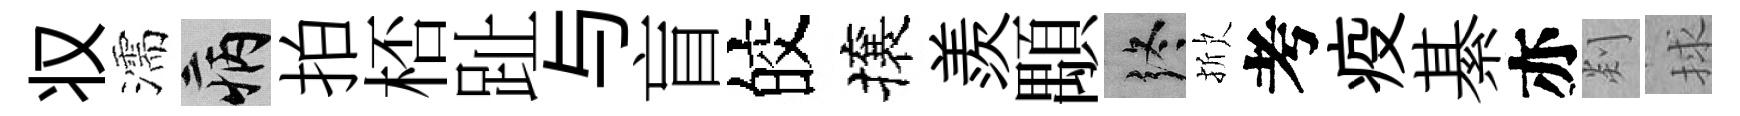
𠬧濡病拍桮趾与盲皎攘羨顒终掀考疫綦亦剡捄